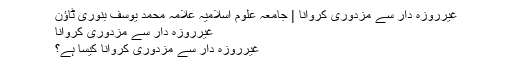
غیرروزہ دار سے مزدوری کروانا | جامعہ علوم اسلامیہ علامہ محمد یوسف بنوری ٹاؤن
غیرروزہ دار سے مزدوری کروانا
غیرروزہ دار سے مزدوری کروانا کیسا ہے؟